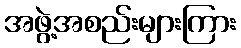
အဖွဲ့အစည်းများကြား